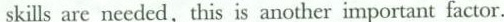
skills are needed,this is another important factor.